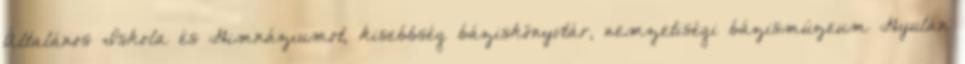
Általános Iskola és Gimnáziumot, kisebbség báziskönyvtár, nemzetiségi bázismúzeum Gyulán